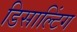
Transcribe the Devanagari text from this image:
डिसाल्टिंग